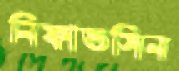
নিফাতসিন